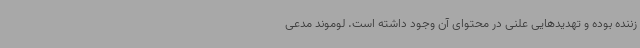
زننده بوده‌ و تهدیدهایی علنی در محتوای آن وجود داشته است. لوموند مدعی